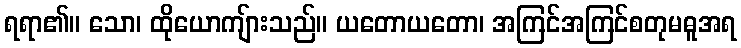
ရရာ၏။ သော၊ ထိုယောကျ်ားသည်။ ယတောယတော၊ အကြင်အကြင်စတုမဓူအရ